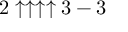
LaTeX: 2 \uparrow \uparrow \uparrow \uparrow 3 - 3